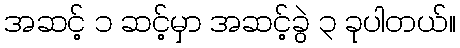
အဆင့် ၁ ဆင့်မှာ အဆင့်ခွဲ ၃ ခုပါတယ်။